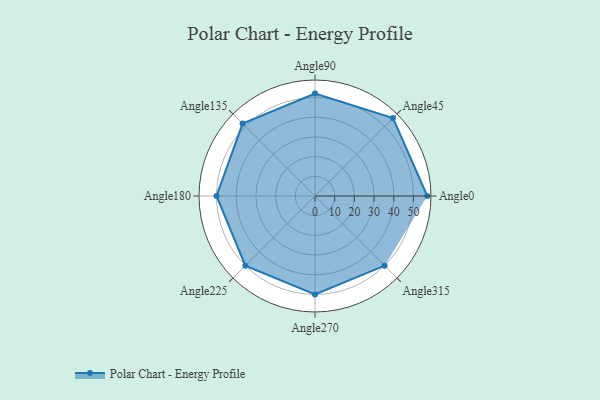
{"axis": {"x": "Angle", "y": "Radius"}, "legend": [""], "data": [{"x": "Angle0", "y": 57.0, "type": ""}, {"x": "Angle45", "y": 56.0, "type": ""}, {"x": "Angle90", "y": 52.0, "type": ""}, {"x": "Angle135", "y": 52.0, "type": ""}, {"x": "Angle180", "y": 50, "type": ""}, {"x": "Angle225", "y": 50, "type": ""}, {"x": "Angle270", "y": 50.0, "type": ""}, {"x": "Angle315", "y": 50, "type": ""}]}